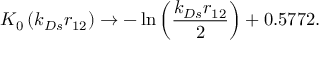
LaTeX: K _ { 0 } \left( k _ { D s } r _ { 1 2 } \right) \rightarrow - \ln \left( { \frac { k _ { D s } r _ { 1 2 } } { 2 } } \right) + 0 . 5 7 7 2 .